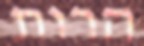
הרות